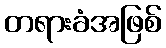
တရားခံအဖြစ်